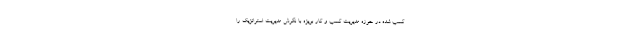
کسب شده در حوزه مدیریت کسب و کار بویژه با نگرش مدیریت استراتژیک را